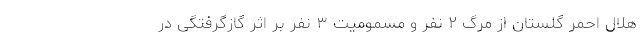
هلال احمر گلستان از مرگ ۲ نفر و مسمومیت ۳ نفر بر اثر گازگرفتگی در